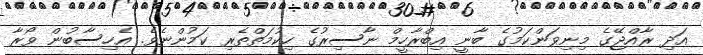
އަދި ރާއްޖޭގެ މިނިވަންކަމުގެ ބާނީ އިބްރާހީމް ނާސިރުގެ ހިކުމަތްތެރި ކަމުންނެވެ. އެހިސާބުން ވޯރާ